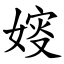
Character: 㛮